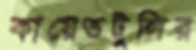
কায়েতটুলির